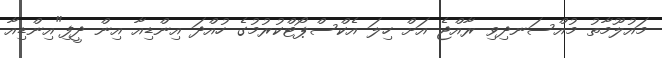
މައުލޫމާތު މުއްސަނދިވި ރާއްޖެ އަށް ހިލަ އެކްސްޕޯޓްކުރުމުގެ ހުއްދަ އިންޑިއާ އިން ދީފި"އިންޑިއާ